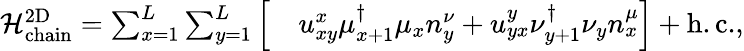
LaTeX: \begin{array}{rl}{\mathcal{H}_{\mathrm{chain}}^{\mathrm{2D}}=\sum_{x=1}^{L}\sum_{y=1}^{L}\Big[}&{u_{xy}^{x}\mu_{x+1}^{\dagger}\mu_{x}n_{y}^{\nu}+u_{yx}^{y}\nu_{y+1}^{\dagger}\nu_{y}n_{x}^{\mu}\Big]+\mathrm{h.c.},}\end{array}